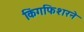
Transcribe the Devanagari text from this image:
किंगफिशरने